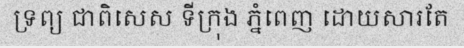
ទ្រព្យ ជាពិសេស ទីក្រុង ភ្នំពេញ ដោយសារតែ